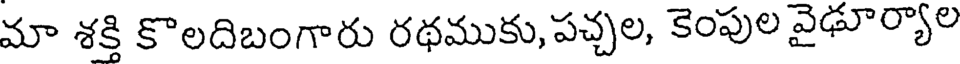
మా శక్తి కొలదిబంగారు రథముకు, పచ్చల, కెంపుల వైఢూర్యాల